Annual administration report of the Civil Veterinary Department of India - 1897-1898
Year: 1897
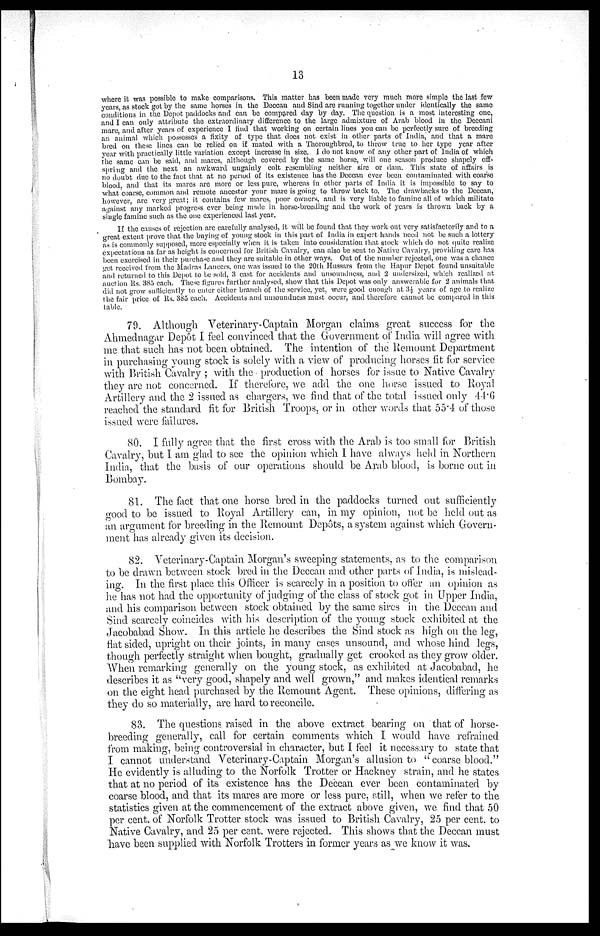
13
where it was possible to make comparisons. This matter has been made very much more simple the last few
years, as stock got by the same horses in the Deccan and Sind are running together under identically the same
conditions in the Depot paddocks and can be compared day by day. The question is a most interesting one,
and I can only attribute the extraordinary difference to the large admixture of Arab blood in the Deccani
mare, and after years of experience I find that working on certain lines you can be perfectly sure of breeding
an animal which possesses a fixity of type that does not exist in other parts of India, and that a mare
bred on these lines can be relied on if mated with a Thoroughbred, to throw true to her type year after
year with practically little variation except increase in size. I do not know of any other part of India of which
the same can be said, and mares, although covered by the same horse, will one season produce shapely off-
spring and the next an awkward ungainly colt resembling neither sire or dam. This state of affairs is
no doubt due to the fact that at no period of its existence has the Deccan ever been contaminated with coarse
blood, and that its mares are more or less pure, whereas in other parts of India it is impossible to say to
what coarse, common and remote ancestor your mare is going to throw back to. The drawbacks to the Deccan,
however, are very great; it contains few mares, poor owners, and is very liable to famine all of which militate
against any marked progress ever being made in horse-breeding and the work of years is thrown back by a
single famine such as the one experienced last year.
If the causes of rejection are carefully analysed, it will be found that they work out very satisfactorily and to a
great extent prove that the buying of young stock in this part of India in expert hands need not be such a lottery
as is commonly supposed, more especially when it is taken into consideration that stock which do not quite realize
expectations as far as height is concerned for British Cavalry, can also be sent to Native Cavalry, providing care has
been exercised in their purchase and they are suitable in other ways. Out of the number rejected, one was a chance
get received from the Madras Lancers, one was issued to the 20th Hussars from the Hapur Depot found unsuitable
and returned to this Depot to be sold, 3 cast for accidents and unsoundness, and 2 undersized, which realized at
auction Rs. 385 each. These figures further analysed, show that this Depot was only answerable for 2 animals that
did not grow sufficiently to enter either branch of the service, yet, were good enough at 3½ years of age to realize
the fair price of Rs. 385 each. Accidents and unsoundness must occur, and therefore cannot be compared in this
table.
79. Although Veterinary-Captain Morgan claims great success for the
Ahmednagar Depôt I feel convinced that the Government of India will agree with
me that such has not been obtained. The intention of the Remount Department
in purchasing young stock is solely with a view of producing horses fit for service
with British Cavalry ; with the production of horses for issue to Native Cavalry
they are not concerned. If therefore, we add the one horse issued to Royal
Artillery and the 2 issued as chargers, we find that of the total issued only 44.6
reached the standard fit for British Troops, or in other words that 55.4 of those
issued were failures.
80. I fully agree that the first cross with the Arab is too small for British
Cavalry, but I am glad to see the opinion which I have always held in Northern
India, that the basis of our operations should be Arab blood, is borne out in
Bombay.
81. The fact that one horse bred in the paddocks turned out sufficiently
good to be issued to Royal Artillery can, in my opinion, not be held out as
an argument for breeding in the Remount Depôts, a system against which Govern-
ment has already given its decision.
82. Veterinary-Captain Morgan's sweeping statements, as to the comparison
to be drawn between stock bred in the Deccan and other parts of India, is mislead-
ing. In the first place this Officer is scarcely in a position to offer an opinion as
he has not had the opportunity of judging of the class of stock got in Upper India,
and his comparison between stock obtained by the same sires in the Deccan and
Sind scarcely coincides with his description of the young stock exhibited at the
Jacobabad Show. In this article he describes the Sind stock as high on the leg,
flat sided, upright on their joints, in many cases unsound, and whose hind legs,
though perfectly straight when bought, gradually get crooked as they grow older.
When remarking generally on the young stock, as exhibited at Jacobabad, he
describes it as "very good, shapely and well grown," and makes identical remarks
on the eight head purchased by the Remount Agent. These opinions, differing as
they do so materially, are hard to reconcile.
83. The questions raised in the above extract bearing on that of horse-
breeding generally, call for certain comments which I would have refrained
from making, being controversial in character, but I feel it necessary to state that
I cannot understand Veterinary-Captain Morgan's allusion to " coarse blood."
He evidently is alluding to the Norfolk Trotter or Hackney strain, and he states
that at no period of its existence has the Deccan ever been contaminated by
coarse blood, and that its mares are more or less pure, still, when we refer to the
statistics given at the commencement of the extract above given, we find that 50
per cent. of Norfolk Trotter stock was issued to British Cavalry, 25 per cent. to
Native Cavalry, and 25 per cent. were rejected. This shows that the Deccan must
have been supplied with Norfolk Trotters in former years as we know it was.